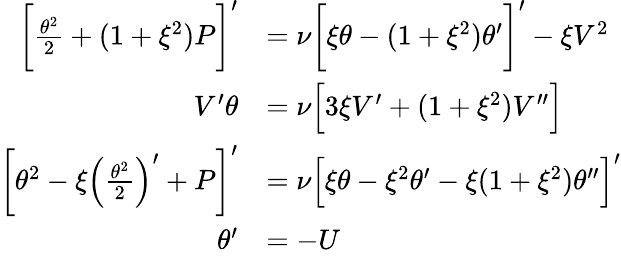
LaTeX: \begin{array}{rl}{\bigg[\frac{\theta^{2}}{2}+(1+\xi^{2})P\bigg]^{\prime}}&{=\nu\bigg[\xi\theta-(1+\xi^{2})\theta^{\prime}\bigg]^{\prime}-\xi V^{2}}\\ {V^{\prime}\theta}&{=\nu\Big[3\xi V^{\prime}+(1+\xi^{2})V^{\prime\prime}\Big]}\\ {\bigg[\theta^{2}-\xi\Big(\frac{\theta^{2}}{2}\Big)^{\prime}+P\bigg]^{\prime}}&{=\nu\Big[\xi\theta-\xi^{2}\theta^{\prime}-\xi(1+\xi^{2})\theta^{\prime\prime}\Big]^{\prime}}\\ {\theta^{\prime}}&{=-U}\end{array}